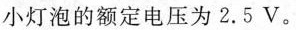
小灯泡的额定电压为2.5V。